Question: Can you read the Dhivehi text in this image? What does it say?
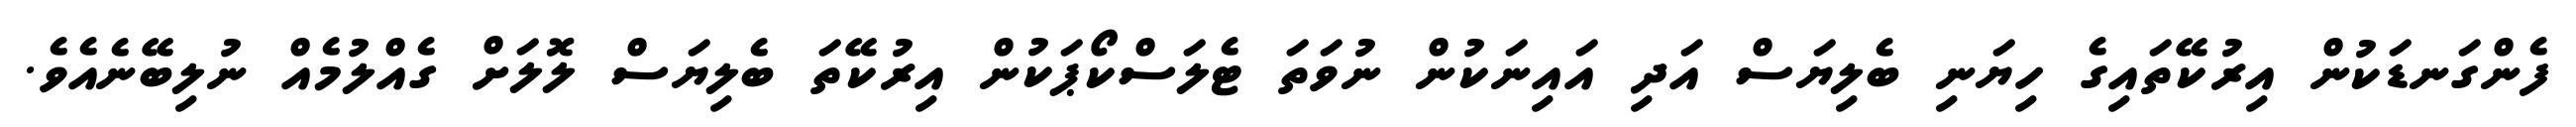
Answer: ފެންގަނޑަކުން އިރުކޭތައިގެ ހިޔަނި ބެލިޔަސް އަދި އައިނަކުން ނުވަތަ ޓެލަސްކޯޕަކުން އިރުކޭތަ ބެލިޔަސް ލޮލަށް ގެއްލުމެއް ނުލިބޭނެއެވެ.